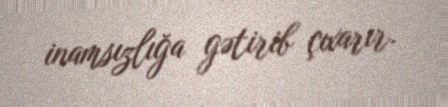
inamsızlığa gətirib çıxarır.